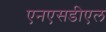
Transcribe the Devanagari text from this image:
एनएसडीएल